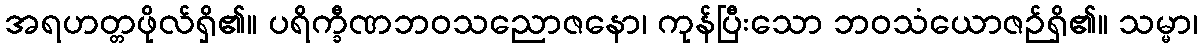
အရဟတ္တဖိုလ်ရှိ၏။ ပရိက္ခီဏဘဝသညောဇနော၊ ကုန်ပြီးသော ဘဝသံယောဇဉ်ရှိ၏။ သမ္မာ၊